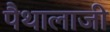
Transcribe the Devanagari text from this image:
पैथालाजी